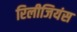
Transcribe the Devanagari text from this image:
रिलीजियंस